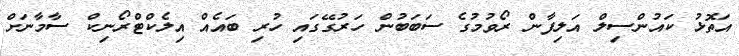
އަތޮޅު ކައުންސިލް އަލިފާން ރޯވުމުގެ ސަބަބުން ހަރުގޭގައި ހުރި ބައެއް އިލެކްޓްރޯނިކް ސާމާނަށް